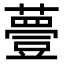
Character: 𧀆